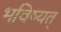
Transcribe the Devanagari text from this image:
भविष्यत्‌